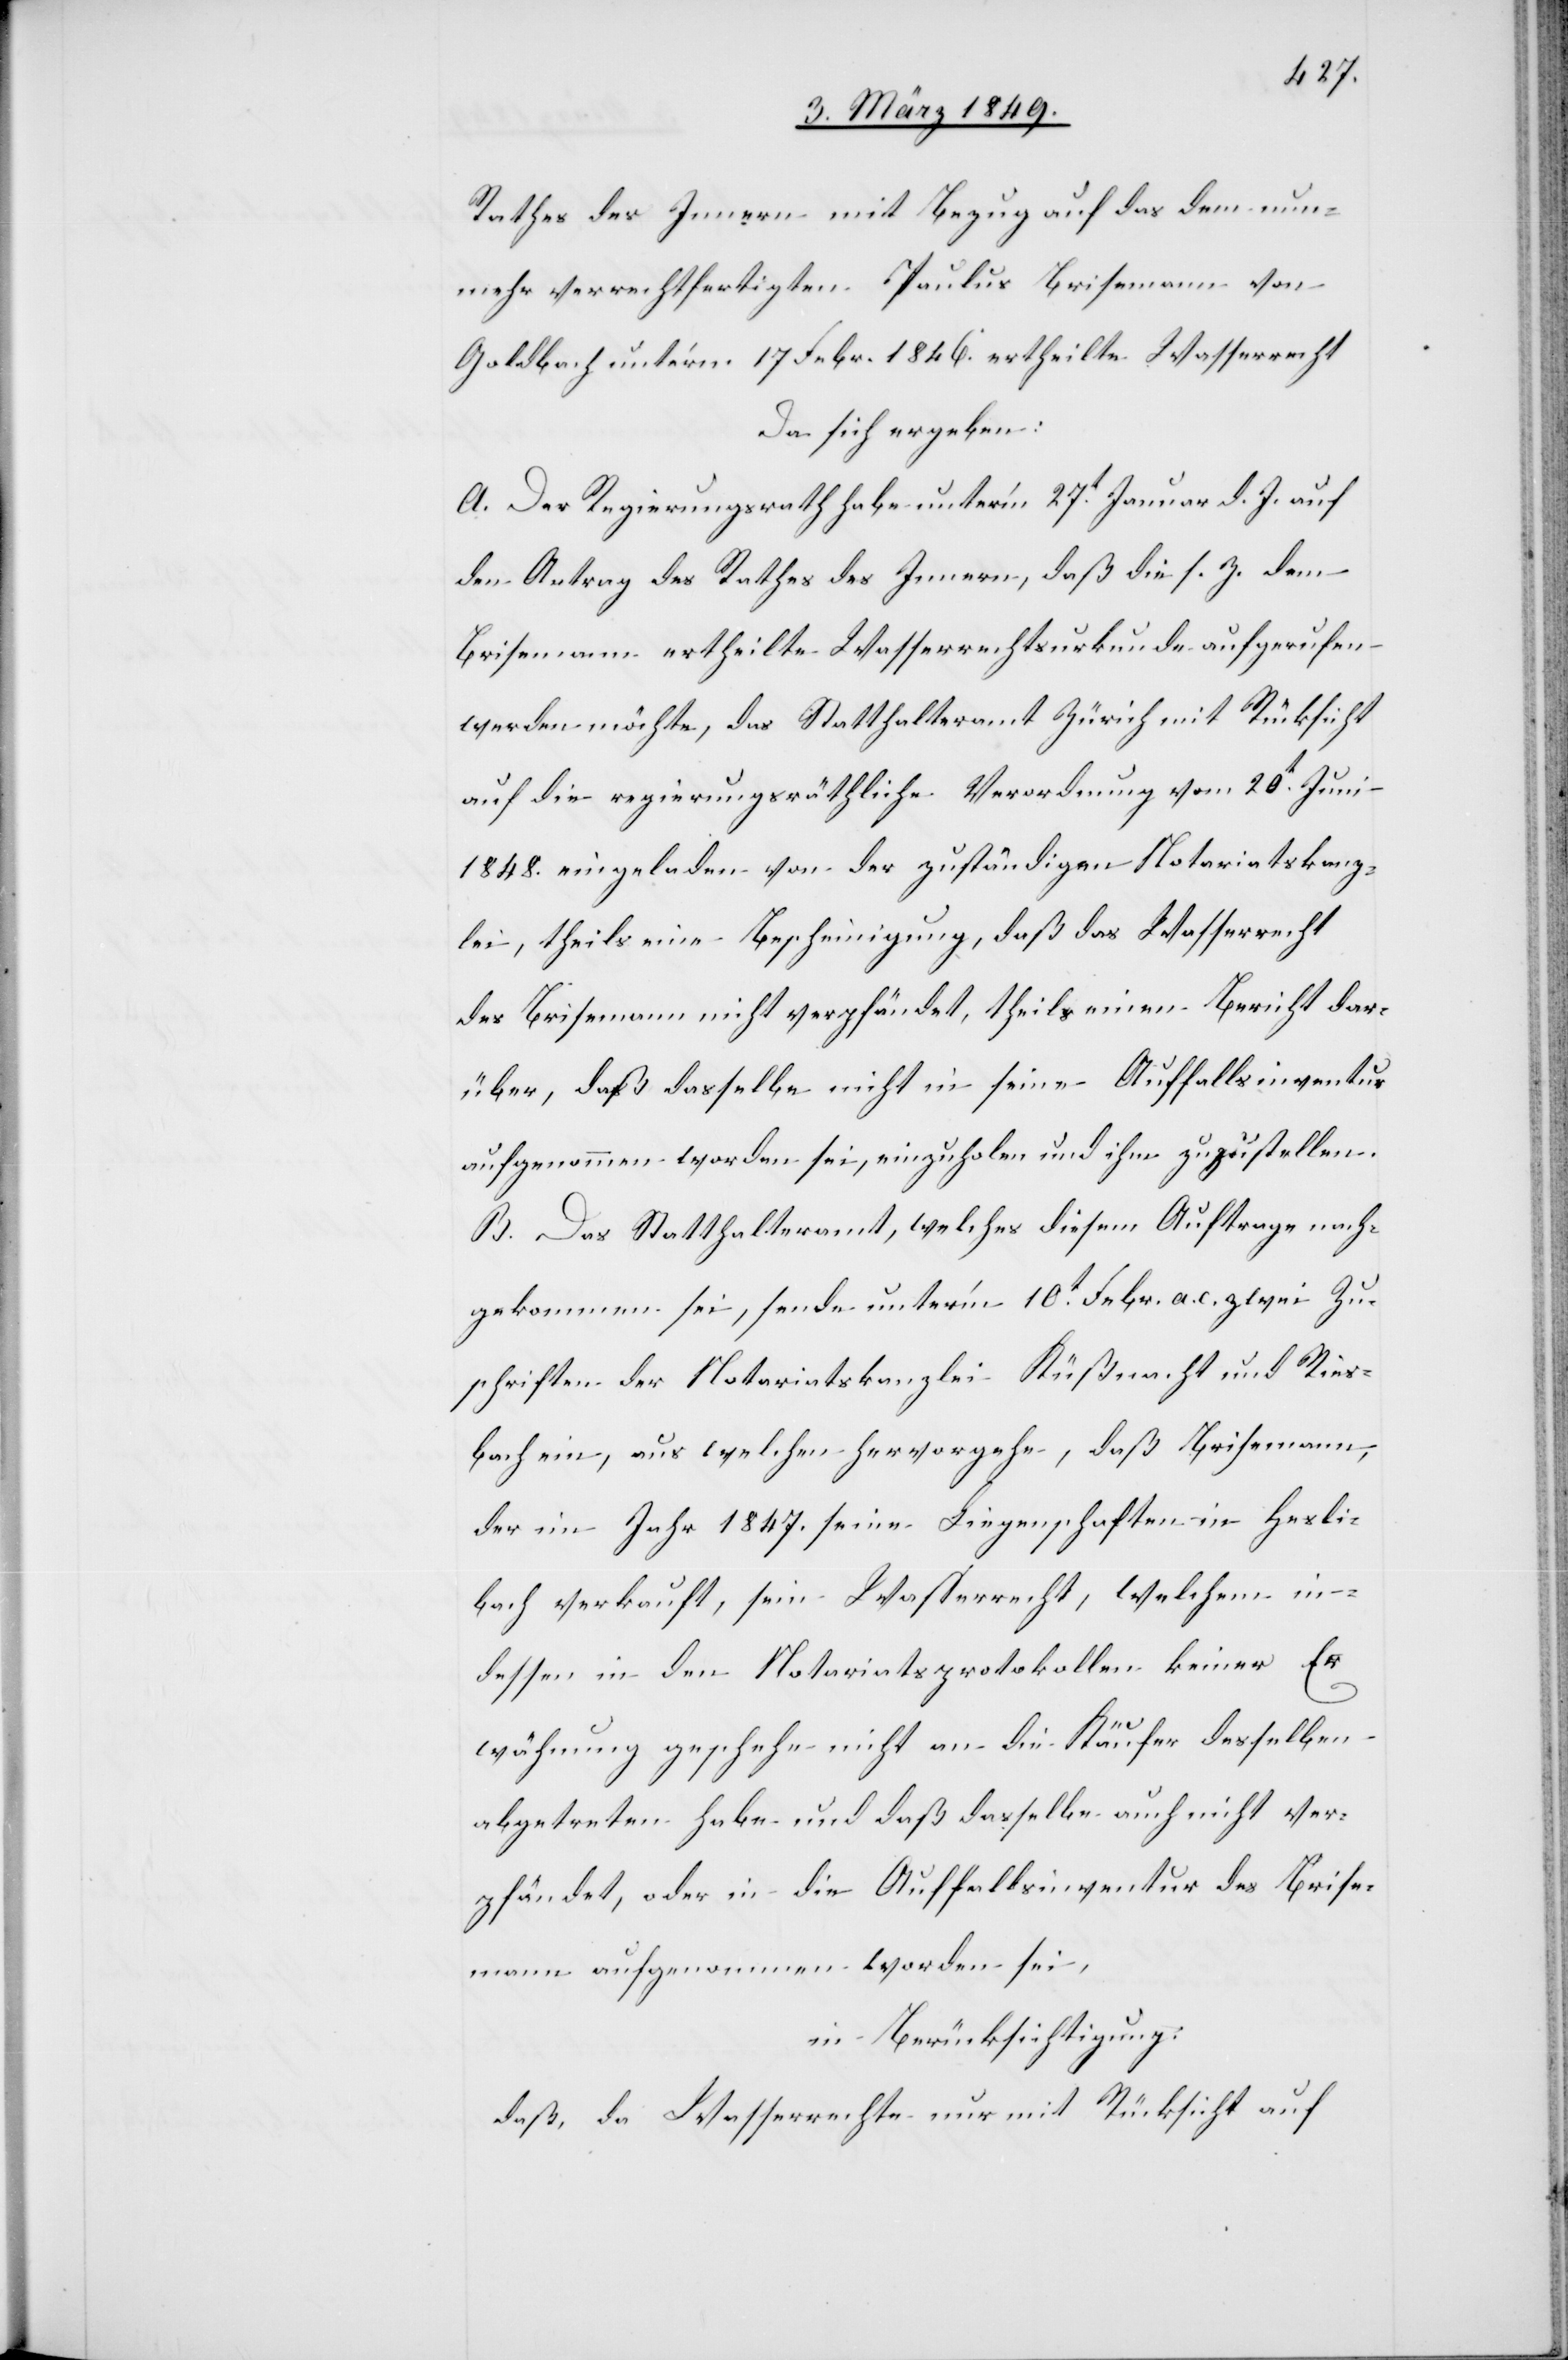
Rathes des Innern mit Bezug auf das dem nun¬
mehr verrechtfertigten Paulus Brisemann von
Goldbach unter’m 17 Febr. 1846. ertheilte Wasserrecht
da sich ergeben:
A. Der Regierungsrath habe unter’m 27t. Januar d. J. auf
den Antrag des Rathes des Innern, daß die s. Z. dem
Brisemann ertheilte Wasserrechtsurkunde aufgerufen
werden möchte, das Statthalteramt Zürich mit Rücksicht
auf die regierungsräthliche Verordnung vom 20t. Juni
1848. eingeladen von der zuständigen Notariatskanz¬
lei, theils eine Bescheinigung, daß das Wasserrecht
des Brisemann nicht verpfändet, theils einen Bericht dar¬
über, daß dasselbe nicht in seine Auffallsinventur
aufgenommen worden sei, einzuholen und ihm zuzustellen
B. Das Statthalteramt. welches diesem Autrage nach¬
gekommen sei, sende unter’m 10t. Febr. a. c. zwei Zu¬
schriften der Notariatskanzlei Küßnacht und Ries¬
bach ein, aus welchen hervorgehe, daß Brisemann,
der im Jahr 1847. seine Liegenschaften in Hesli¬
bach verkauft, sein Wasserrecht, welchem in¬
dessen in den Notariatsprotokollen keiner Er¬
wähnung geschehe nicht an die Käufer desselben
abgetreten habe und daß dasselbe auch nicht ver¬
pfändet, oder in die Auffallsinventur des Brise¬
mann aufgenommen worden sei,
in Berücksichtigung:
daß, da Wasserrechte nur mit Rücksicht auf